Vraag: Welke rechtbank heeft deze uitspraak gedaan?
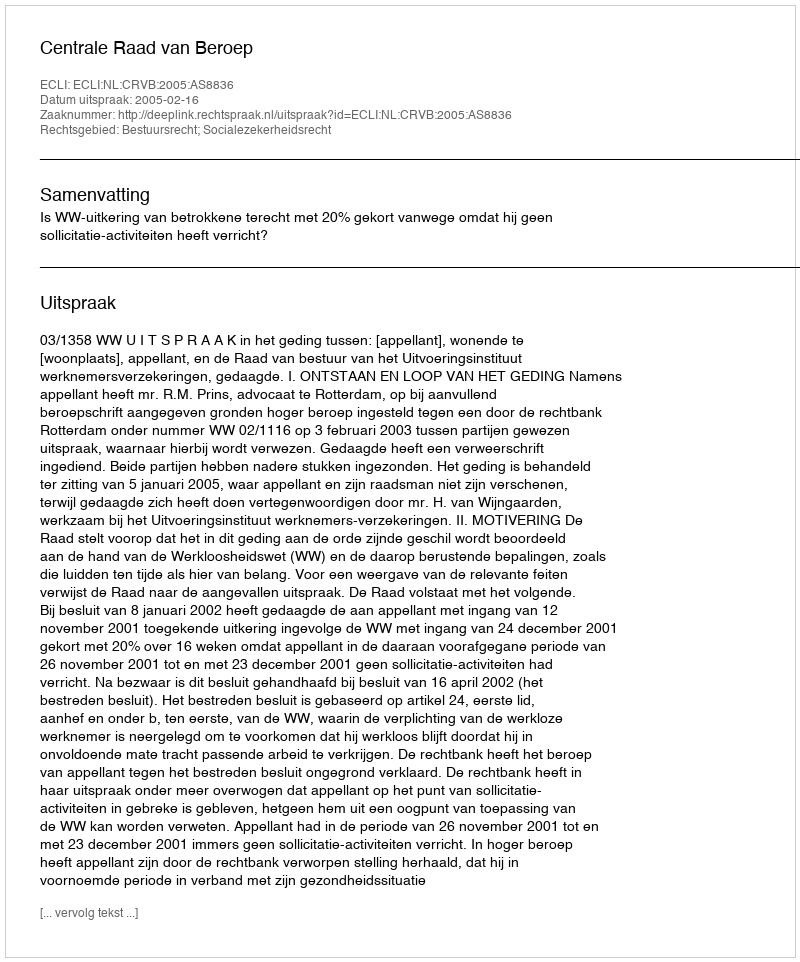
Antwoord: Centrale Raad van Beroep